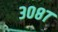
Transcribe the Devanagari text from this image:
३०८७